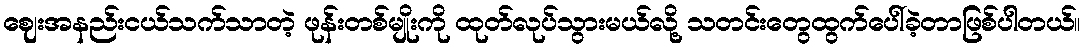
ဈေးအနည်းငယ်သက်သာတဲ့ ဖုန်းတစ်မျိုးကို ထုတ်လုပ်သွားမယ်လို့ သတင်းတွေထွက်ပေါ်ခဲ့တာဖြစ်ပါတယ်။